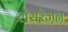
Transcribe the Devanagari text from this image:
लेसरेजन